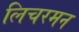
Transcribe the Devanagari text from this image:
लिचरमन